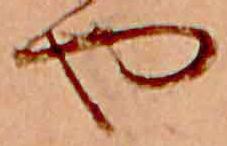
や